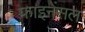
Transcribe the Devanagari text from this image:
फाइनेंसल